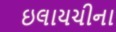
ઇલાયચીના